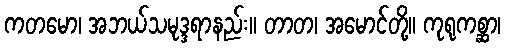
ကတမော၊ အဘယ်သမုဒ္ဒရာနည်း။ တာတ၊ အမောင်တို့။ ကုရုကစ္ဆာ၊